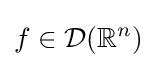
f\in {\mathcal {D}}(\mathbb {R} ^{n})